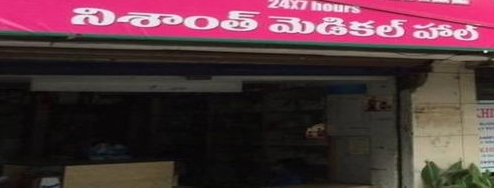
Language: telugu
Transcription: నిశాంత్ హాల్ మెడికల్